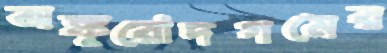
অঙ্কুরোদগমের